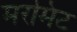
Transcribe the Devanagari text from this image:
मरमिट